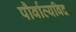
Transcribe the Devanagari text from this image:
पौर्वात्यविद